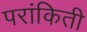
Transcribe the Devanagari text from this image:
परांकिती